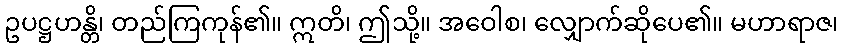
ဥပဋ္ဌဟန္တိ၊ တည်ကြကုန်၏။ ဣတိ၊ ဤသို့။ အဝေါစ၊ လျှောက်ဆိုပေ၏။ မဟာရာဇ၊